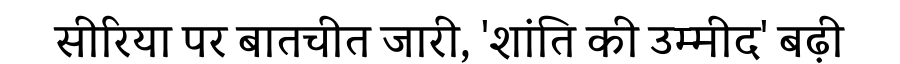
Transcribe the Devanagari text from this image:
सीरिया पर बातचीत जारी, 'शांति की उम्मीद' बढ़ी